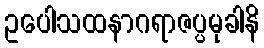
ဥပေါသထနာဂရာဇပ္ပမုခါနိ